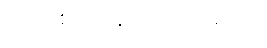
ပလာစတာနဲ့ ပတ်ရပါမယ်။